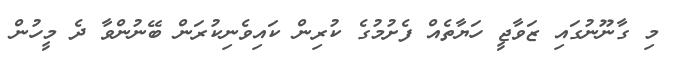
މި ގާނޫނުގައި ޒަވާޖީ ހަޔާތެއް ފެށުމުގެ ކުރިން ކައިވެނިކުރަން ބޭނުންވާ ދެ މީހުން